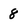
Character: 8